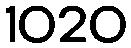
1020